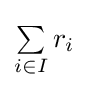
\textstyle \sum \limits _{i\in I}r_{i}